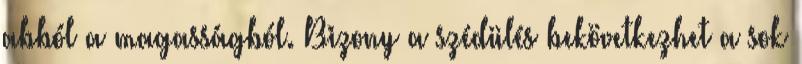
abból a magasságból. Bizony a szédülés bekövetkezhet a sok